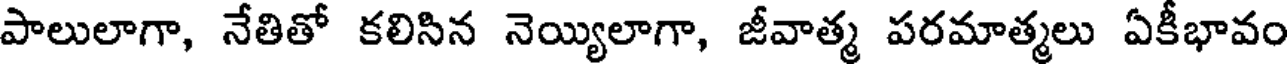
పాలులాగా, నేతితో కలిసిన నెయ్యిలాగా, జీవాత్మ పరమాత్మలు ఏకీభావం